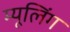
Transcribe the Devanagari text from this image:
म्यूलिंग